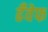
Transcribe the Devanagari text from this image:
ढँवेफ